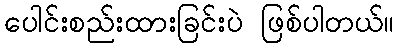
ပေါင်းစည်းထားခြင်းပဲ ဖြစ်ပါတယ်။